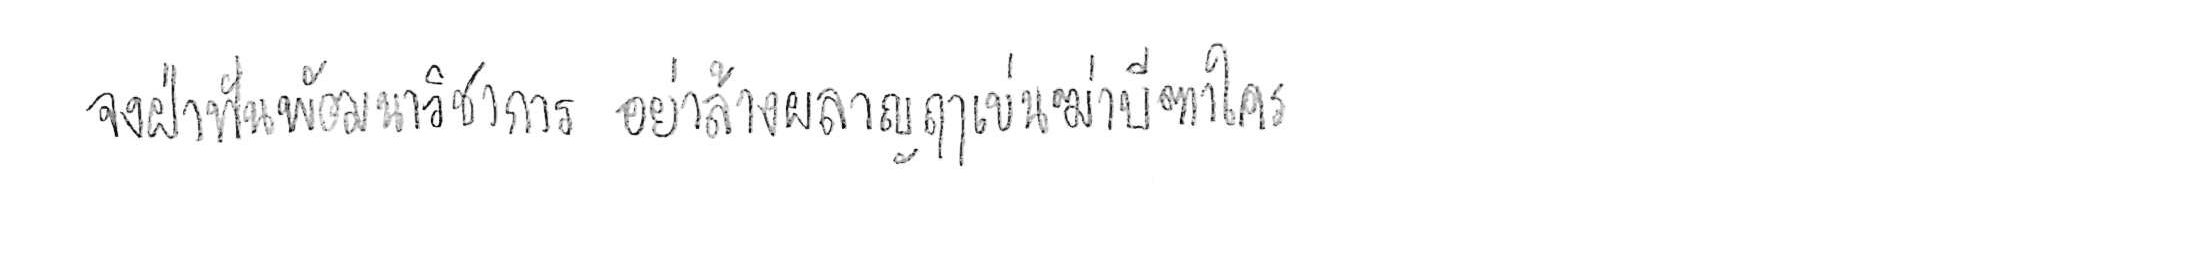
จงฝ่าฟันพัฒนาวิชาการ อย่าล้างผลาญฤๅเข่นฆ่าบีฑาใคร